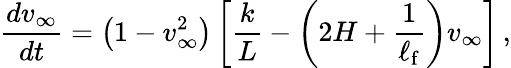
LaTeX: \frac{dv_{\infty}}{dt}=\left(1-{v_{\infty}^{2}}\right)\left[\frac{k}{L}-\left(2H+{\frac{1}{\ell_{\mathrm{f}}}}\right)v_{\infty}\right]\, ,